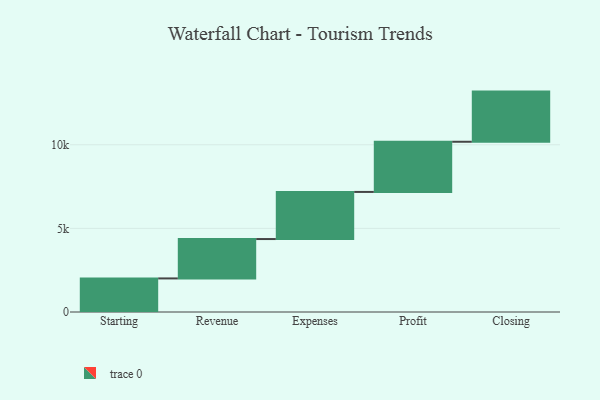
{"axis": {"x": "Step", "y": "Value"}, "legend": [""], "data": [{"x": "Starting", "y": 2008.0, "type": ""}, {"x": "Revenue", "y": 2355.0, "type": ""}, {"x": "Expenses", "y": 2818.0, "type": ""}, {"x": "Profit", "y": 3000, "type": ""}, {"x": "Closing", "y": 3000, "type": ""}]}